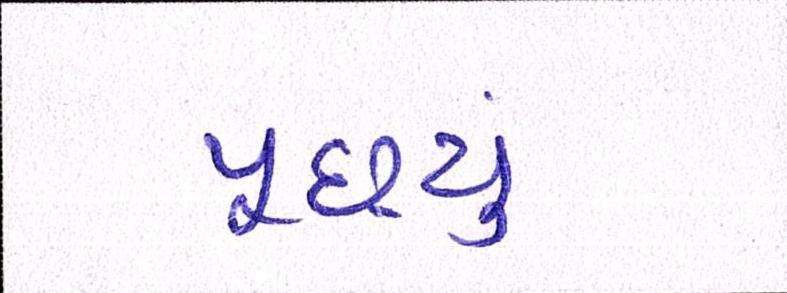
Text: પૂછ્યું